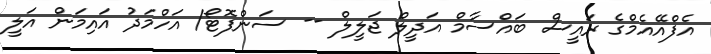
އެފްއޭއެމްގެ ރައީސް ބައްސާމް އަދީލް ޖަލީލް -- ސަންފޮޓޯ/ އަހްމަދު އައިމަން އަލީ